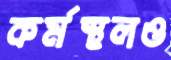
কর্মস্থলও